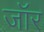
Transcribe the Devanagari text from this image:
जॉर